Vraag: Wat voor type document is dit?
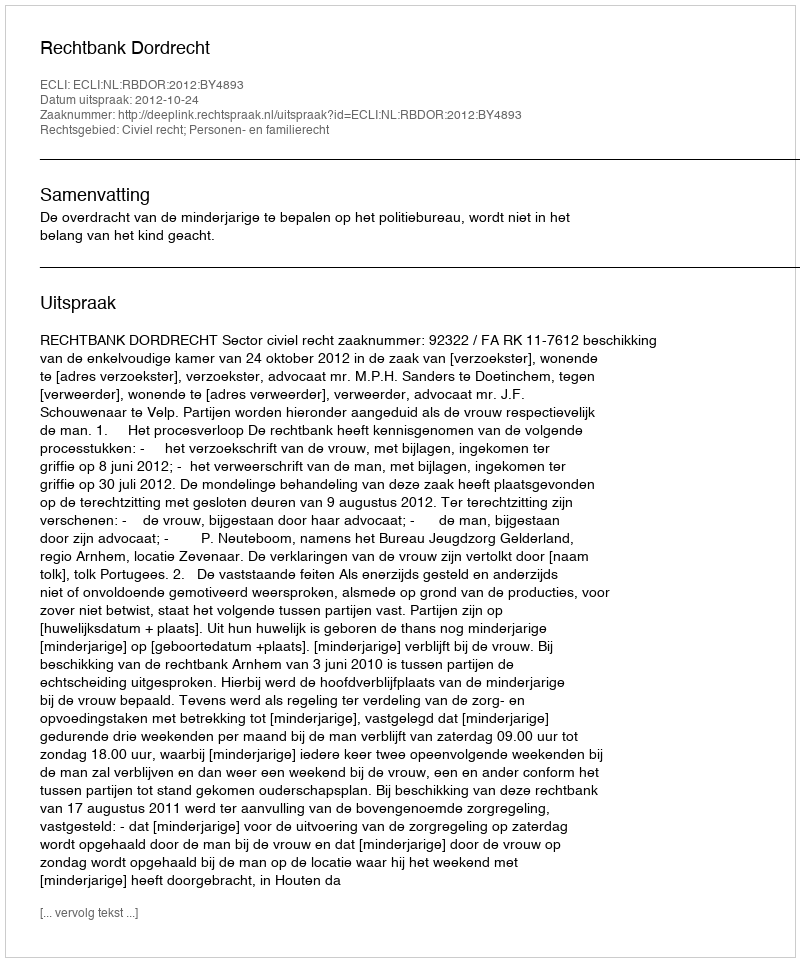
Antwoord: Uitspraak